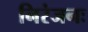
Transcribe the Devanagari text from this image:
निरंजनः